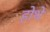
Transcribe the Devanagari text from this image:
होथे